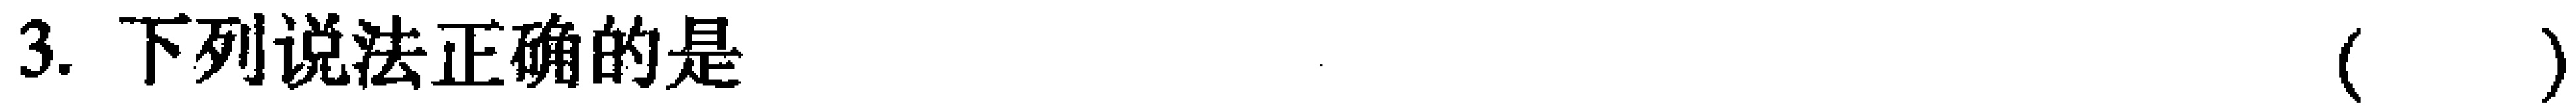
3. 下列说法正确的是（  ）